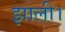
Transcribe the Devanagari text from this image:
झाली।